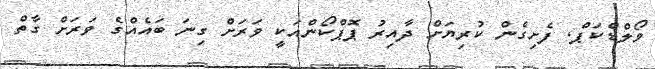
ވޯލްޑްކަޕް